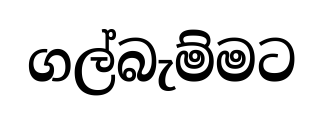
ගල්බැම්මට